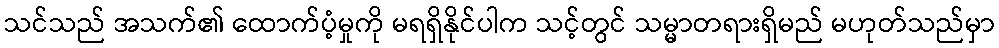
သင်သည် အသက်၏ ထောက်ပံ့မှုကို မရရှိနိုင်ပါက သင့်တွင် သမ္မာတရားရှိမည် မဟုတ်သည်မှာ